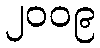
၂၀၀၉